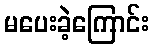
မပေးခဲ့ကြောင်း